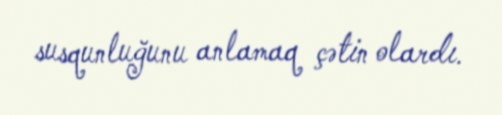
susqunluğunu anlamaq çətin olardı.